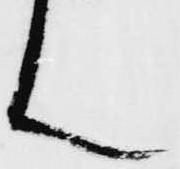
ん